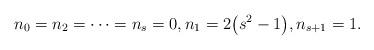
LaTeX: \begin{align*}n_0 = n_2 = \cdots= n_s =0,n_1 = 2 \bigl(s^2-1 \bigr),n_{s+1}= 1.\end{align*}